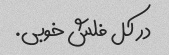
در کل فلش خوبی.